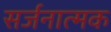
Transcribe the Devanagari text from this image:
सर्जनात्‍मक